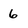
Character: 6